Report of an investigation of the epidemic of malarial fever in Assam, or, kala-azar
Disease focus: Malaria
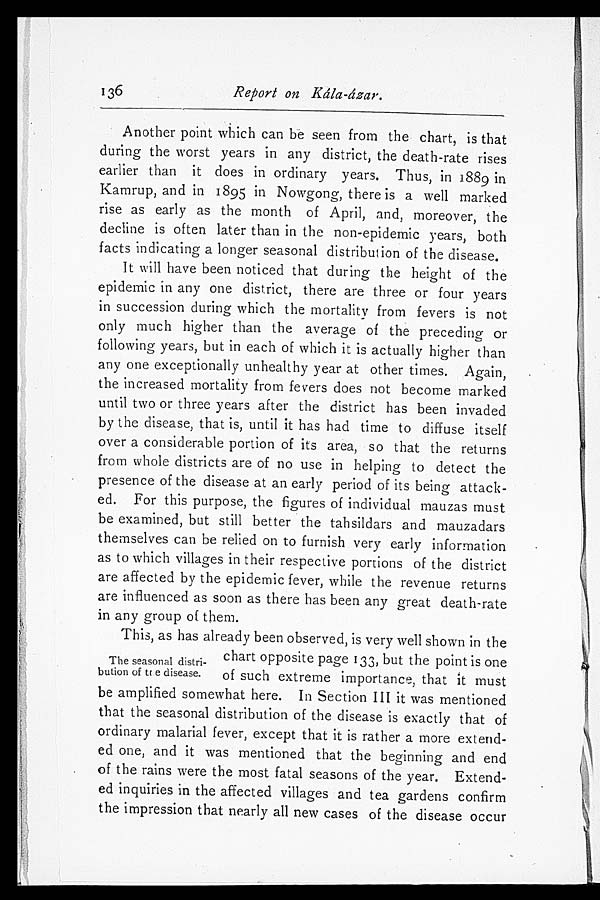
136
Report on Kála-ázar.
Another point which can be seen from the chart, is that
during the worst years in any district, the death-rate rises
earlier than it does in ordinary years. Thus, in 1889 in
Kamrup, and in 1895 in Nowgong, there is a well marked
rise as early as the month of April, and, moreover, the
decline is often later than in the non-epidemic years, both
facts indicating a longer seasonal distribution of the disease.
It will have been noticed that during the height of the
epidemic in any one district, there are three or four years
in succession during which the mortality from fevers is not
only much higher than the average of the preceding or
following years, but in each of which it is actually higher than
any one exceptionally unhealthy year at other times. Again,
the increased mortality from fevers does not become marked
until two or three years after the district has been invaded
by the disease, that is, until it has had time to diffuse itself
over a considerable portion of its area, so that the returns
from whole districts are of no use in helping to detect the
presence of the disease at an early period of its being attack
- e d . F o r t h i s p u r p o s e , t h e f i g u r e s o f i n d i v i d u a l m a u z a s m u s t
be examined, but still better the tahsildars and mauzadars
themselves can be relied on to furnish very early information
as to which villages in their respective portions of the district
are affected by the epidemic fever, while the revenue returns
are influenced as soon as there has been any great death-rate
in any group of them. The seasonal distri-bution of the diseases.
This, as has already been observed, is very well shown in the
chart opposite page 133, but the point is one
of such extreme importance, that it must
be amplified somewhat here. In Section III it was mentioned
that the seasonal distribution of the disease is exactly that of
ordinary malarial fever, except that it is rather a more extend
-ed one, and it was mentioned that the beginning and end
of the rains were the most fatal seasons of the year. Extend
-ed inquiries in the affected villages and tea gardens confirm
the impression that nearly all new cases of the disease occur